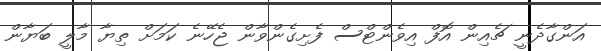
އަންގާދެނީ ޗެއިން އޮފް އިވެންޓްސް ފެށިގެންވާން ޖެހޭނެ ކަމަށް ތިޔާ މާލީ ބަޔާން